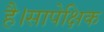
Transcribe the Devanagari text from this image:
है।सापेक्षिक